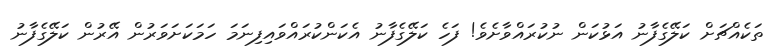
ތަކެއްޗަށް ކަލޭގެފާނު އަޅުކަން ނުކުރައްވާށެވެ! ފަހެ ކަލޭގެފާނު އެކަންކުރައްވައިފިނަމަ ހަމަކަށަވަރުން އޭރުން ކަލޭގެފާނު